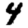
Digit: 4